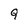
Character: Q